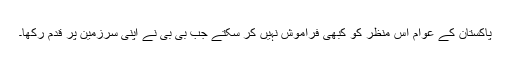
پاکستان کے عوام اس منظر کو کبھی فراموش نہیں کر سکتے جب بی بی نے اپنی سرزمین پر قدم رکھا۔